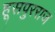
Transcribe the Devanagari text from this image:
हूसपुरराज